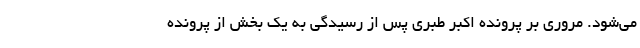
می‌شود. مروری بر پرونده اکبر طبری پس از رسیدگی به یک بخش از پرونده